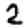
Digit: 2